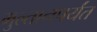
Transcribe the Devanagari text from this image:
मुल्तानपर्यंत